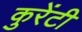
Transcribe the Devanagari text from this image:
कुरेंटी